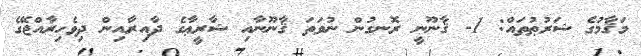
މަޤާމުގެ ޝަރުޠުތައް: 1- ޤާނޫނީ ރޮނގުން ނުވަތަ ޤާނޫނާއި ޝާރީޢާގެ ދާއިރާއިން ދިވެހިރާއްޖޭގެ